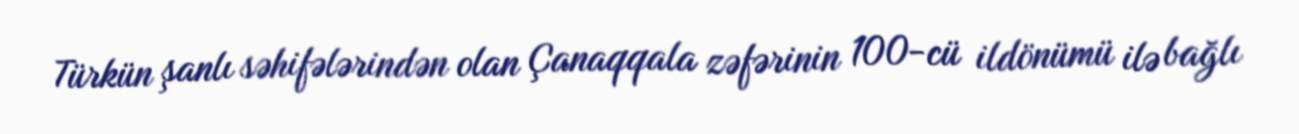
Türkün şanlı səhifələrindən olan Çanaqqala zəfərinin 100-cü ildönümü ilə bağlı